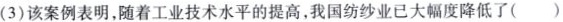
(3) 该案例表明，随着工业技术水平的提高，我国纺纱业已大幅度降低了()